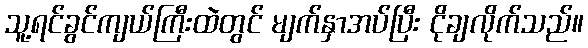
သူ့ရင်ခွင်ကျယ်ကြီးထဲတွင် မျက်နှာအပ်ပြီး ငိုချလိုက်သည်။